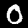
Label: 0